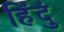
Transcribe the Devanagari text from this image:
हिंदुं